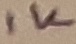
Text: 1K